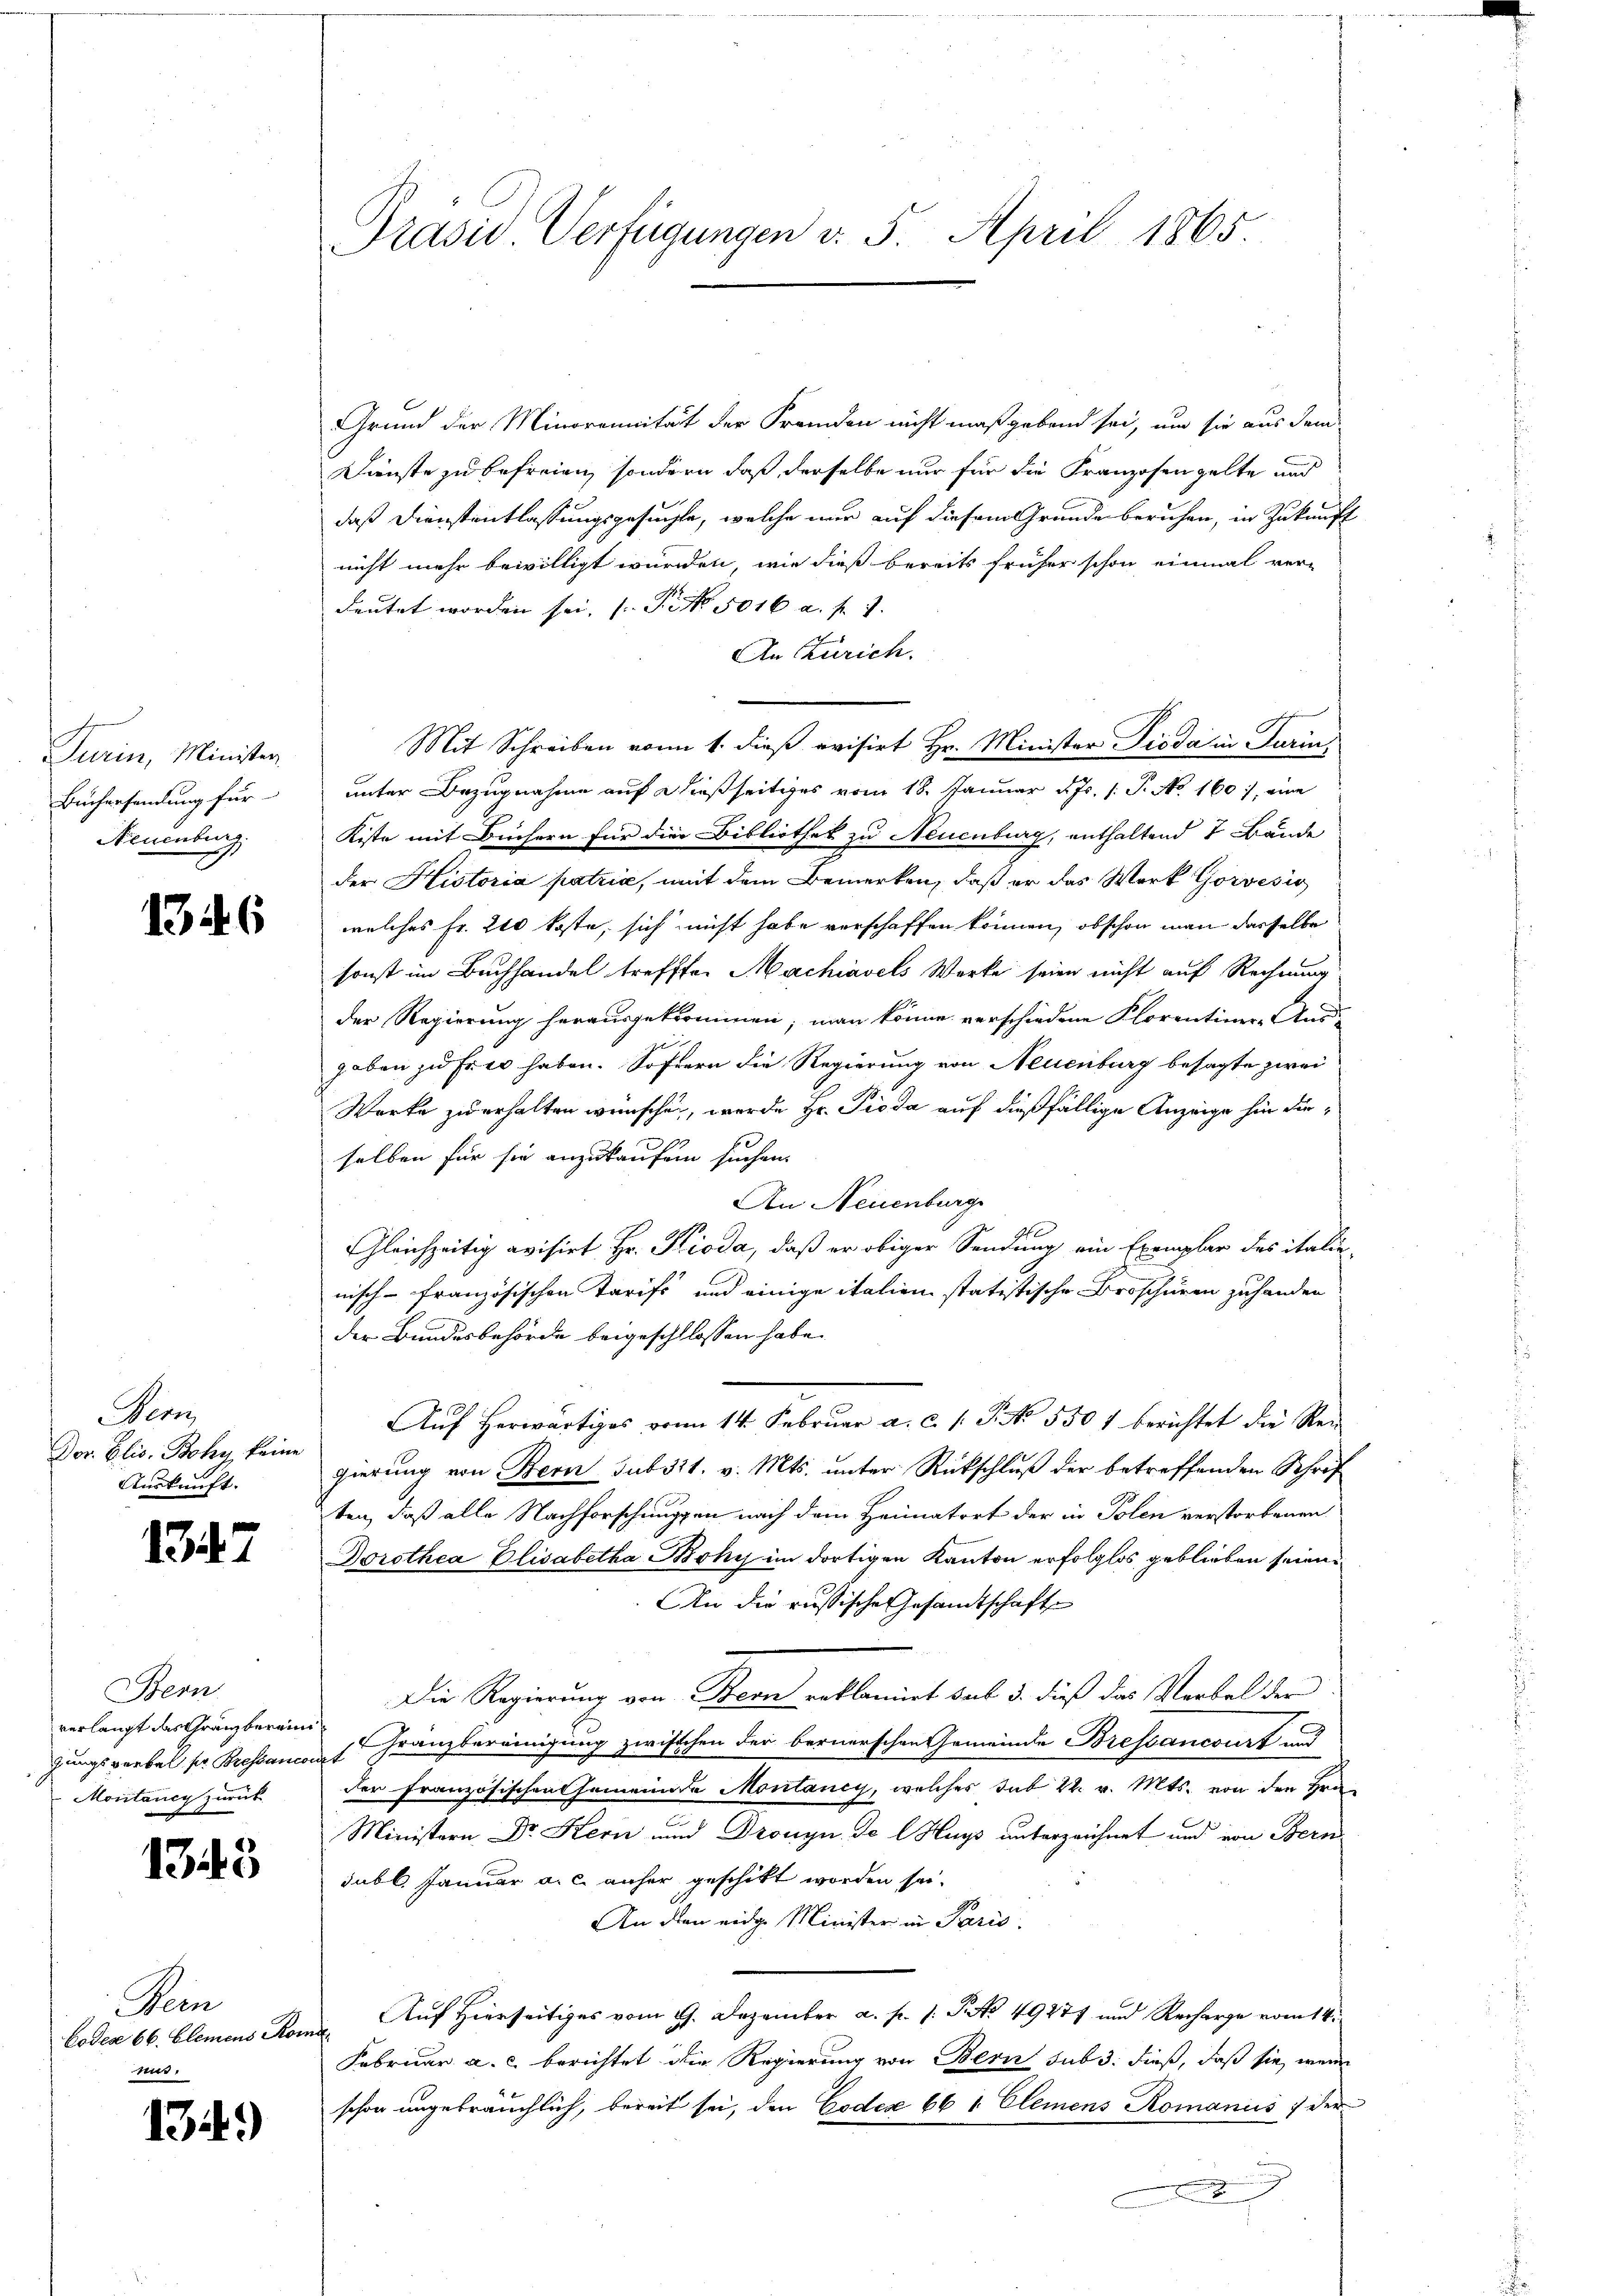
Turin, Minister
Büchersendung für
Neuenburg.

1346

Nein
Dor. Elis. Bohy keine
Auskunft.

1347

Bern
verlangt das Gränzberein
gungsverbal pr Bressancor
Montaney zurück

1343

Mein
Codes 66. Elemens Ro
ui.

1344)

Präsid. Verfügungen v. 5. April 1865

Grund der Minorennität der Fremden nicht maßgebend sei, um sie aus dem
Dienste zu befreien, sondern, daß derselbe nur für die Franzosengelte und
daß Dienstentlassungsgesuchte, welche nur auf diesem Grunde beruhen, in Zukunft
nicht mehr bewilligt wurden, wie dieß bereits früher schon einmal ver-
deutet worden sei, (Pi No 5016 a. f. 1.
An Zürich.
Mit Schreiben vom 1. dieß evisirt Hr. Minister Tieda in Turin,
unter Bezugnahme auf dießseitiges vom 18. Januar d. Js. (T. No. 160, eine
Kiste mit Büchern für die Bibliothek zu Neuenburg, enthaltend 7 Bände
der Historia patria, mit dem Bemerken, daß er das Werk Gorvesio
welches Fr. 200 koste, sich nicht habe verschaffen können, obschon man dasselbe
sonst im Buchhandel trefften Machiavels Werke seien nicht auf Rechnung
der Regierung herausgekommen; man könne verschiedene Florentiner-Aus-
gaben zu Er er haben. Sofern die Regierung von Neuenburg besagte zwei
Werke zu erhalten wünschen, wurde Hr. Pioda auf dießfällige Anzeige hin dieselben für sie anzukaufen suchen.
An Neuenburg
27
Gleichzeitig avisirt Hr. Pioda, daß er obiger Sendung ein Exemplar des italienisch-französischen Tarifs und einige italien statistische Broschüren zuhanden
der Bundesbehörde beigeschlossen habe.
Aŭf herwärtiges vom 14. Febrŭar a. c. s. P. No. 530 f berichtet die Reŭ-
gierung von Bern sub 311. v. Mts. unter Rückschluß der betreffenden Schrif
ten, daß alle Nachforschungen nach dem Heimatort der in Polen verstorbenen
Dorothea Elisabetha Böky im dortigen Kanton erfolglos geblieben seien.
An die russische Gesandtschafte
Die Regierung von Stern erklaniert sel. 3. dieß das Verbal der
Granzbereinigung zwischen der bernerschen Gemeinde Bressancourt und
t
der Französischen Gemeinde Montaney, welches sub 22. v. Mts. von den Hrn.
Ministern Dr. Hern und Drouyn. Je lHuys unterzeichnet und von Bern
subl. Januar a. c. anher geschikt worden sei.
An den eidge Minister in Paris
Auf Hierseitiges vom 9. Dezember a. p. 1. P. No 49277 und Recharge vom 14.
f
Februar a. c. berichtet die Regierung von Bern sub 3. dieß, daß sie, wenn
schon angebräuchlich, bereit sei, den Codex 661 Clemens Romaniis / der
2